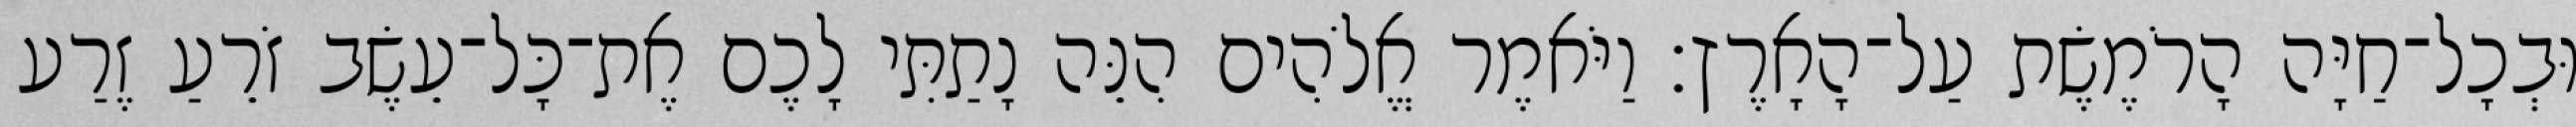
וּבְכָל־חַיָּה הָרֹמֶשֶׂת עַל־הָאָרֶץ׃ וַיֹּאמֶר אֱלֹהִים הִנֵּה נָתַתִּי לָכֶם אֶת־כָּל־עֵשֶׂב זֹרֵעַ זֶרַע